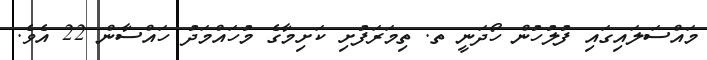
މައްސަލައިގައި ފުލުހުން ހޯދަނީ ތ. ތިމަރަފުށި ކަށިމާގެ މުހައްމަދު ހައްސާން 22 އެވެ.